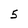
Character: 5